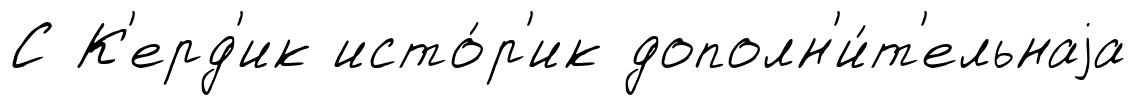
С К'ерд'ик исто́р'ик дополн'и́т'ельнаjа